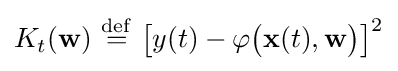
K_{t}(\mathbf {w} )\ {\stackrel {\mathrm {def} }{=}}\ {\big [}y(t)-\varphi {\big (}\mathbf {x} (t),\mathbf {w} {\big )}{\big ]}^{2}